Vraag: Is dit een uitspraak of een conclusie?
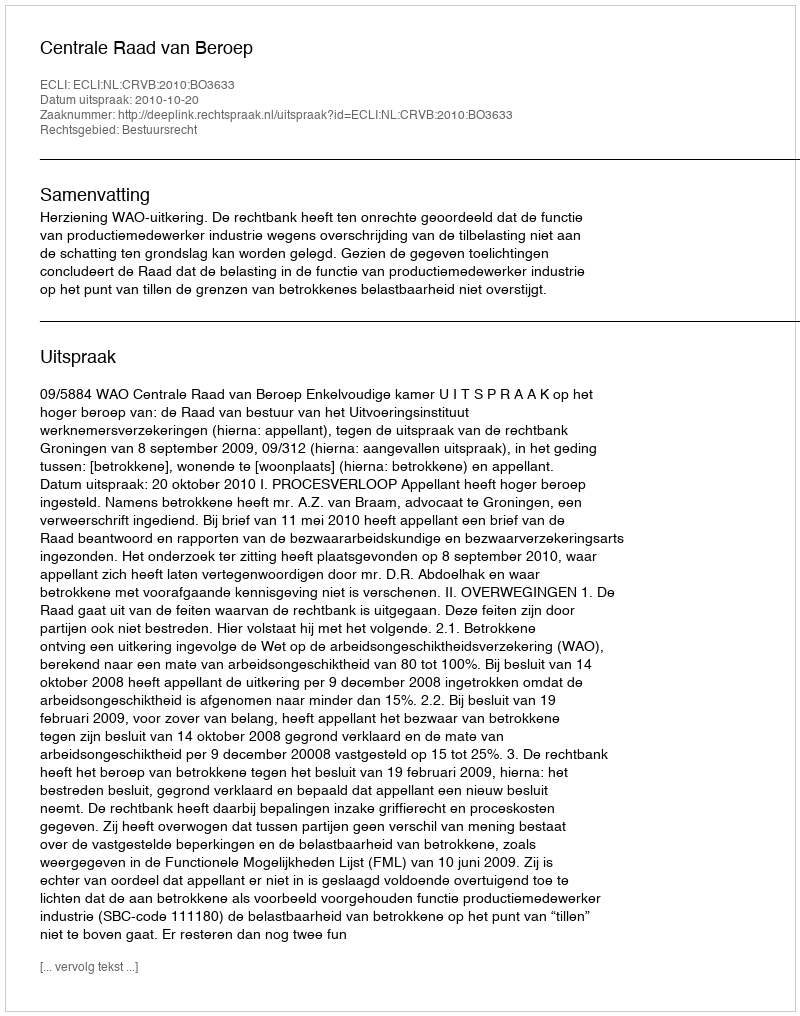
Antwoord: Uitspraak